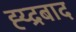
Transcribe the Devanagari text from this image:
ह्य्द्रबाद